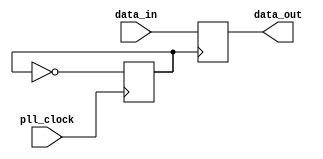
module div_data_delay (pll_clock, data_in, data_out);

parameter WIDTH = 32;
parameter NEG = 0;
// signals for connecting to the Avalon fabric 
input pll_clock;
input [WIDTH-1:0] data_in;
output [WIDTH-1:0] data_out;

(* altera_attribute = "-name AUTO_SHIFT_REGISTER_RECOGNITION OFF" *) (* preserve="true" *) reg [WIDTH-1:0] data_out;
(* altera_attribute = "-name AUTO_SHIFT_REGISTER_RECOGNITION OFF" *) (* preserve="true" *) reg clk_div;

generate
	if(NEG==0) begin
		always@(posedge clk_div) begin
			data_out <= data_in;
		end
	end
	else begin
		always@(negedge clk_div) begin
			data_out <= data_in;
		end
	end
endgenerate

always@(posedge pll_clock) begin
	clk_div <= ~clk_div;
end

endmodule